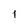
Character: 1